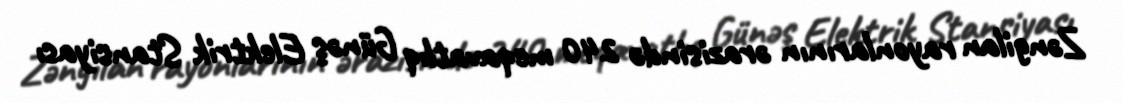
Zəngilan rayonlarının ərazisində 240 meqavatlıq Günəş Elektrik Stansiyası